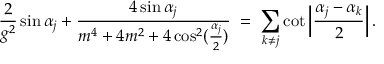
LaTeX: { \frac { 2 } { g ^ { 2 } } } \sin \alpha _ { j } + { \frac { 4 \sin \alpha _ { j } } { m ^ { 4 } + 4 m ^ { 2 } + 4 \cos ^ { 2 } ( { \frac { \alpha _ { j } } { 2 } } ) } } \; = \; \sum _ { k \neq j } \cot \left| { \frac { \alpha _ { j } - \alpha _ { k } } { 2 } } \right| .